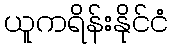
ယူကရိန်းနိုင်ငံ